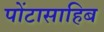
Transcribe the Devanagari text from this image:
पोंटासाहिब